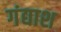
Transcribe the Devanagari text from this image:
गंद्याश